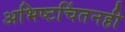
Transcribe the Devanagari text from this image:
अभिष्टचिंतनही